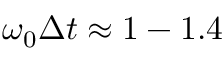
\omega _ { 0 } \Delta t \approx 1 - 1 . 4